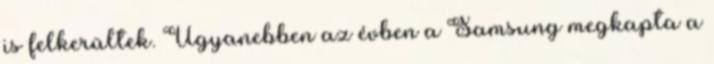
is felkerültek. Ugyanebben az évben a Samsung megkapta a